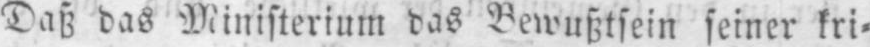
Daß das Ministerium das Bewußtsein seiner kri⸗